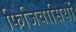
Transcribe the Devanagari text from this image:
फिजिवासियों